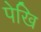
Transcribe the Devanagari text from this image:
पेखि